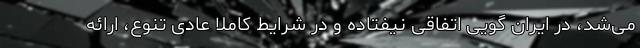
می‌شد، در ایران گویی اتفاقی نیفتاده و در شرایط کاملا عادی تنوع، ارائه